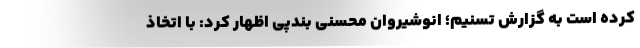
کرده است به گزارش تسنیم؛ انوشیروان محسنی بندپی اظهار کرد: با اتخاذ